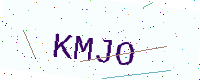
Text: KMJO